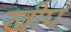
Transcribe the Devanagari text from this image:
खीप